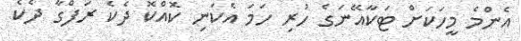
އެންމެ މީހަކަށް ޓަކާއޭނަގެ ހުރި ހަމަ އެކަނި ކޮއްކޮ ދެކެ ރަފްގާ ދެކެ